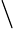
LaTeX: \setminus